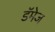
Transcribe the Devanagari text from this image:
डॅमेज